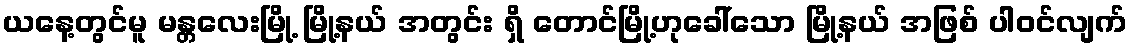
ယနေ့တွင်မူ မန္တလေးမြို့ မြို့နယ် အတွင်း ရှိ တောင်မြို့ဟုခေါ်သော မြို့နယ် အဖြစ် ပါဝင်လျက်